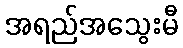
အရည်အသွေးမီ